Indian Medical Review
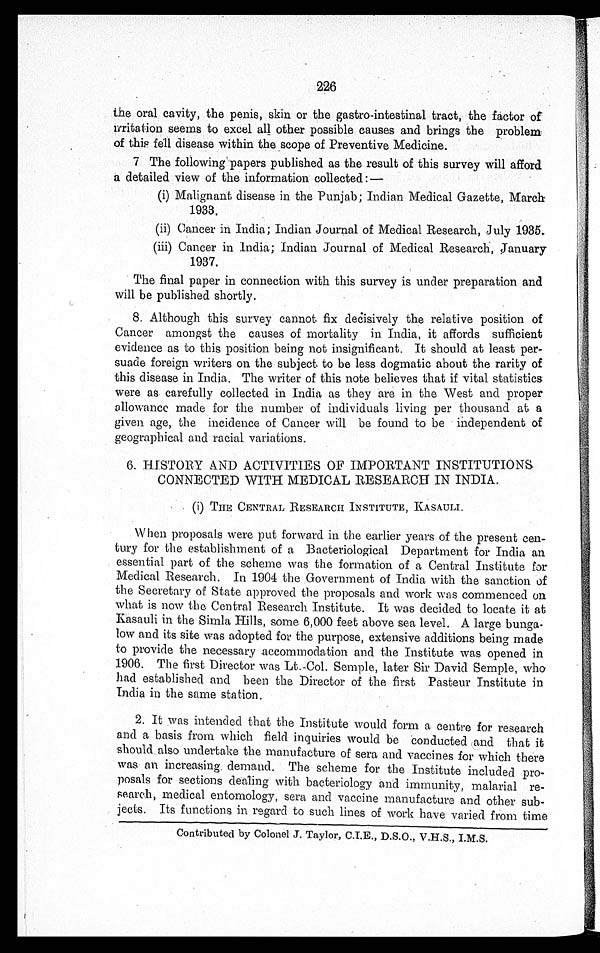
226
the oral cavity, the penis, skin or the gastro-intestinal tract, the factor of
irritation seems to excel all other possible causes and brings the problem
of this fell disease within the scope of Preventive Medicine.
7 The following papers published as the result of this survey will afford
a detailed view of the information collected:—
(i) Malignant disease in the Punjab; Indian Medical Gazette, March
1933.
(ii) Cancer in India; Indian Journal of Medical Research, July 1935.
(iii) Cancer in India; Indian Journal of Medical Research, January
1937.
The final paper in connection with this survey is under preparation and
will be published shortly.
8. Although this survey cannot fix decisively the relative position of
Cancer amongst the causes of mortality in India, it affords sufficient
evidence as to this position being not insignificant. It should at least per-
suade foreign writers on the subject to be less dogmatic about the rarity of
this disease in India. The writer of this note believes that if vital statistics
were as carefully collected in India as they are in the West and proper
allowance made for the number of individuals living per thousand at a
given age, the incidence of Cancer will be found to be independent of
geographical and racial variations.
6. HISTORY AND ACTIVITIES OF IMPORTANT INSTITUTIONS
CONNECTED WITH MEDICAL RESEARCH IN INDIA.
• (i) THE CENTRAL RESEARCH INSTITUTE', KASAULI.
When proposals were put forward in the earlier years of the present cen-
tury for the establishment of a Bacteriological Department for India an
essential part of the scheme was the formation of a Central Institute for
Medical Research. In 1904 the Government of India with the sanction of
the Secretary of State approved the proposals and work was commenced on
what is now the Central Research Institute. It was decided to locate it at
Kasauli in the Simla Hills, some 6,000 feet above sea level. A large bunga-
low and its site was adopted for the purpose, extensive additions being made
to provide the necessary accommodation and the Institute was opened in
1906. The first Director was Lt.-Col. Semple, later Sir David Semple, who
had established and been the Director of the first Pasteur Institute in
India in the same station.
2. It was intended that the Institute would form a centre for research
and a basis from which field inquiries would be conducted and that it
should also undertake the manufacture of sera and vaccines for which there
was an increasing demand. The scheme for the Institute included pro-
posals for sections dealing with bacteriology and immunity, malarial
research, medical entomology, sera and vaccine manufacture and other sub-
jects. Its functions in regard to such lines of work have varied from time
Contributed by Colonel J. Taylor, C.I.E., D.S.O., V.H.S., I.M.S.